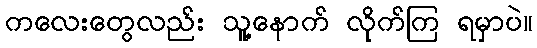
ကလေးတွေလည်း သူ့နောက် လိုက်ကြ ရမှာပဲ။